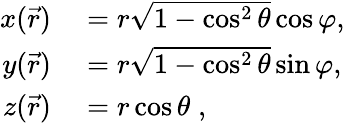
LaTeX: \begin{array}{rl}{x(\vec{r})}&{{}=r\sqrt{1-\cos^{2}\theta}\cos\varphi,}\\ {y(\vec{r})}&{{}=r\sqrt{1-\cos^{2}\theta}\sin\varphi,}\\ {z(\vec{r})}&{{}=r\cos\theta\; ,}\end{array}